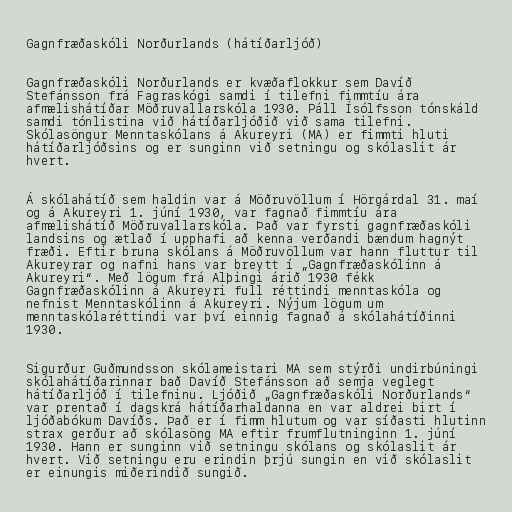
Gagnfræðaskóli Norðurlands (hátíðarljóð)

Gagnfræðaskóli Norðurlands er kvæðaflokkur sem Davíð
Stefánsson frá Fagraskógi samdi í tilefni fimmtíu ára
afmælishátíðar Möðruvallarskóla 1930. Páll Ísólfsson tónskáld
samdi tónlistina við hátíðarljóðið við sama tilefni.
Skólasöngur Menntaskólans á Akureyri (MA) er fimmti hluti
hátíðarljóðsins og er sunginn við setningu og skólaslit ár
hvert.

Á skólahátíð sem haldin var á Möðruvöllum í Hörgárdal 31. maí
og á Akureyri 1. júní 1930, var fagnað fimmtíu ára
afmælishátíð Möðruvallarskóla. Það var fyrsti gagnfræðaskóli
landsins og ætlað í upphafi að kenna verðandi bændum hagnýt
fræði. Eftir bruna skólans á Möðruvöllum var hann fluttur til
Akureyrar og nafni hans var breytt í „Gagnfræðaskólinn á
Akureyri“. Með lögum frá Alþingi árið 1930 fékk
Gagnfræðaskólinn á Akureyri full réttindi menntaskóla og
nefnist Menntaskólinn á Akureyri. Nýjum lögum um
menntaskólaréttindi var því einnig fagnað á skólahátíðinni
1930.

Sigurður Guðmundsson skólameistari MA sem stýrði undirbúningi
skólahátíðarinnar bað Davíð Stefánsson að semja veglegt
hátíðarljóð í tilefninu. Ljóðið „Gagnfræðaskóli Norðurlands“
var prentað í dagskrá hátíðarhaldanna en var aldrei birt í
ljóðabókum Davíðs. Það er í fimm hlutum og var síðasti hlutinn
strax gerður að skólasöng MA eftir frumflutninginn 1. júní
1930. Hann er sunginn við setningu skólans og skólaslit ár
hvert. Við setningu eru erindin þrjú sungin en við skólaslit
er einungis miðerindið sungið.